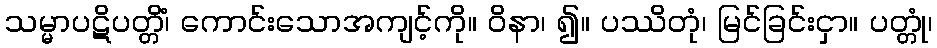
သမ္မာပဋိပတ္တိံ၊ ကောင်းသောအကျင့်ကို။ ဝိနာ၊ ၍။ ပဿိတုံ၊ မြင်ခြင်းငှာ။ ပတ္တုံ၊